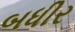
બધીર